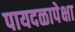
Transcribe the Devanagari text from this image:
पायदळापेक्षा